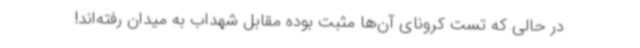
در حالی که تست کرونای آن‌ها مثبت بوده مقابل شهداب به میدان رفته‌اند!